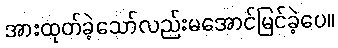
အားထုတ်ခဲ့သော်လည်းမအောင်မြင်ခဲ့ပေ။